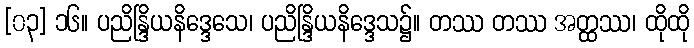
[၀၃] ၁၆။ ပညိန္ဒြိယနိဒ္ဒေသေ၊ ပညိန္ဒြိယနိဒ္ဒေသ၌။ တဿ တဿ အတ္ထဿ၊ ထိုထို